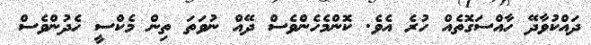
ދައްކުވާދޭ ހާއްސަގޮތެއް ހުރެ އެވެ. ކޮންމެހެންވެސް ދޭއް ނުވަތަ ތިން މެކްސީ ހެދުންވެސް